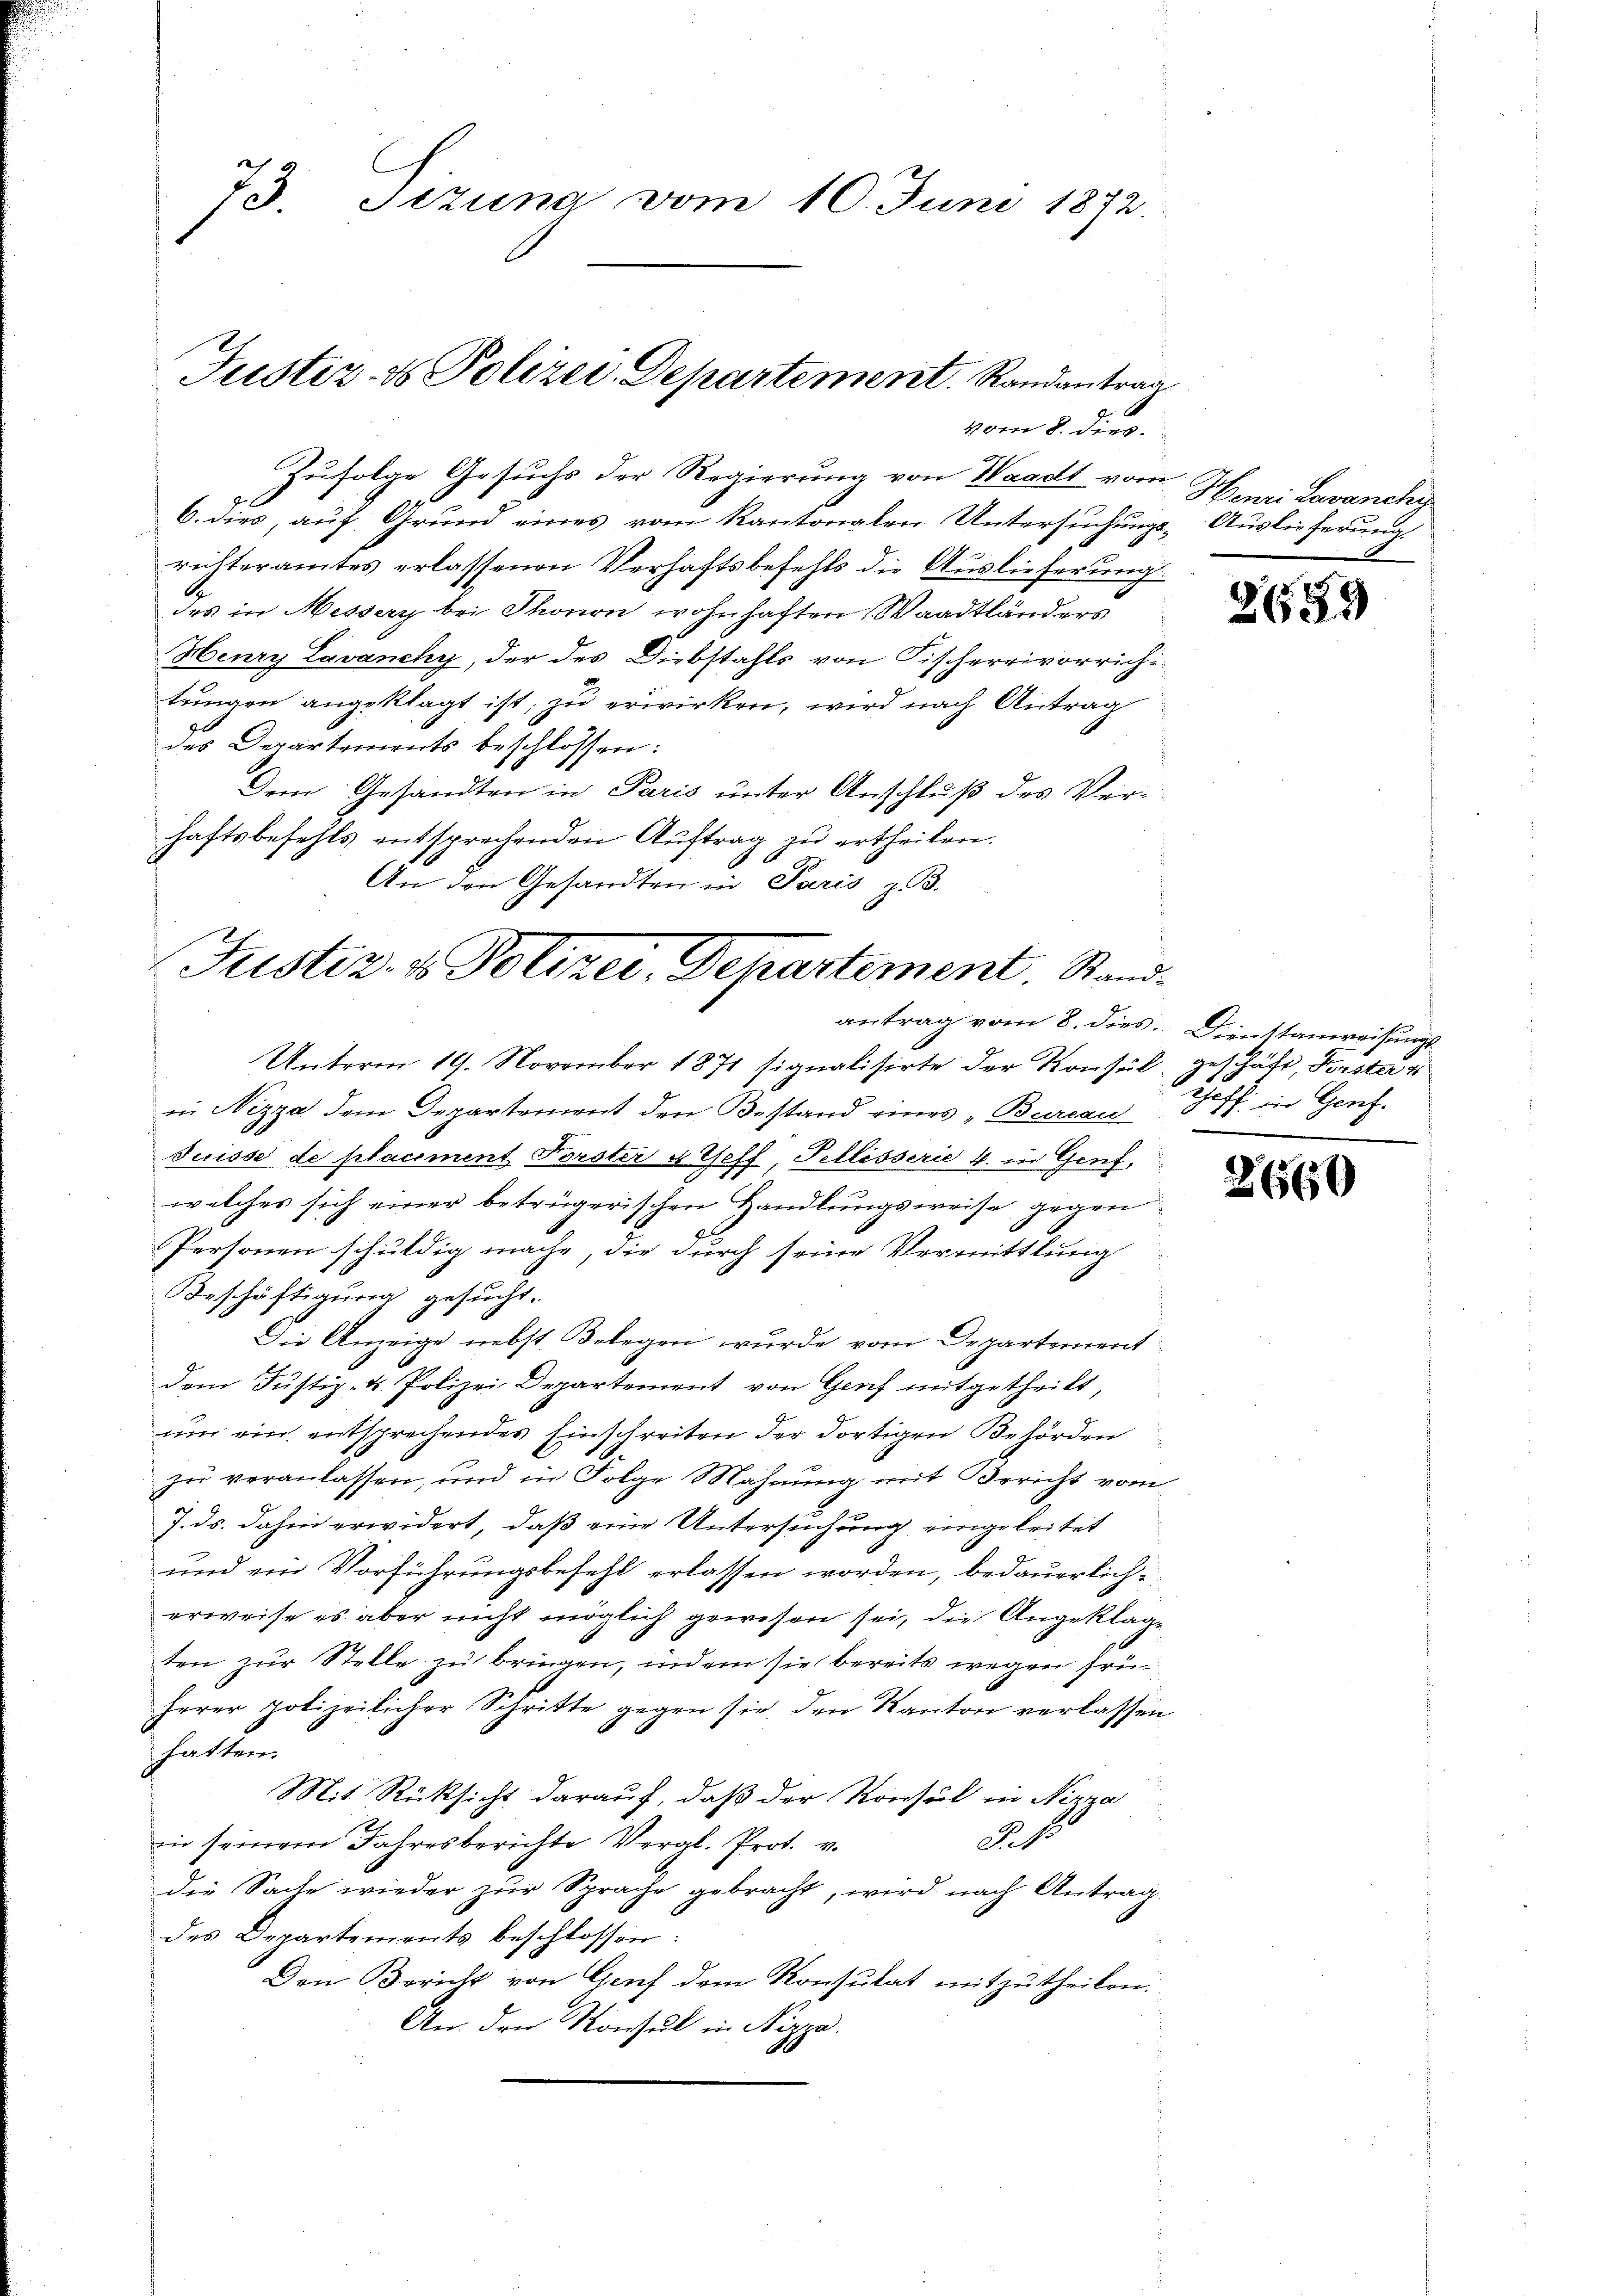
73. Sizung vom 10. Juni 1872.

Justiz- & Polizei Departement. Randantrag

in Nizza dem Departement den Bestand eines „Bureau Hoff. in Genf.
Suisse de placement Forster & Geff, Pellisserie 4. in Genf,
welches sich einer betrügerischen Handlungsweise gegen
Personen schuldig mache, die durch seine Vermittlung
Beschäftigung gesucht.
Die Anzeige nebst Belegen wurde vom Departement
dem Justiz- u. Polizei Departement von Genf mitgetheilt,
um ein entsprechendes Einschreiten der dortigen Behörden
zu veranlassen, und in Folge Mahnung mit Bericht vom
J. ds. dahin erwidert, daß eine Untersuchung eingeleitet
und ein Vorführungsbefehl erlassen worden, bedauerlich
erweise es aber nicht möglich gewesen sei, die Angeklagten zur Stelle zu bringen, indem sie bereits wegen früherer Notizeilicher Schritte gegen sie den Kanton verlassen
hatten.
Mit Rücksicht darauf, daß der Konsul in Nizza
P.4.
in seinem Jahresberichte Vergl. Prot. v.
die Sache wieder zur Sprache gebracht, wird nach Antrag
des Departements beschlossen:
Den Bericht von Genf dem Konsulat mitzutheilen.
An den Konseil in Rippe.

Justiz- & Polizei, Dekartement. Standantrag vom 8. dies Dienstanweisungs
Unterm 19. November 1871 signalisirte der Konsul ge

vom 8. dies
Zufolge Gesuchs der Regierung von Waadt vom Henri Lavanchy
6. dies, auf Grund eines vom Kantonalen Untersuchungs-Auslieferung
richteramtes erlassenen Verhaftsbefehls die Auslieferung
des in Messery bei Thonen wohnhaften (Waadtländers
Henry Lavanchy, der des Diebstahls von Fischereivorrichtungen angeklagt ist; zu erwirken, wird nach Antrag
des Departements beschlossen:
Dem Gesandten in Paris unter Anschluß des Ver-
haftsbefehls entsprechenden Auftrag zu ertheilen.
An den Gesandten in Paris z. B.

2659

1 Thäte, Forster g

2660